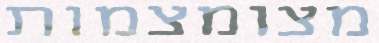
מצומצמות